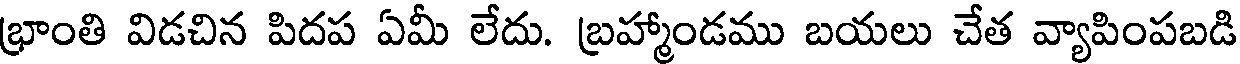
భ్రాంతి విడచిన పిదప ఏమీ లేదు. బ్రహ్మాండము బయలు చేత వ్యాపింపబడి